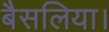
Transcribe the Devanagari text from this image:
बैसलिया।